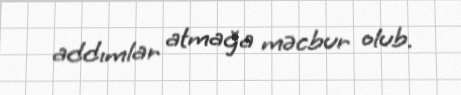
addımlar atmağa məcbur olub.